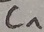
Text: C1